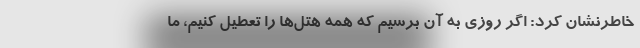
خاطرنشان کرد: اگر روزی به آن برسیم که همه هتل‌ها را تعطیل کنیم، ما